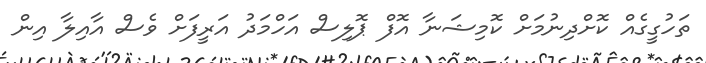
ތަހުގީގެއް ކޮށްދިނުމަށް ކޮމިޝަނާ އޮފް ޕޮލިސް އަހްމަދު އަރީފަށް ވެސް އާއިލާ އިން